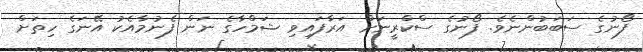
ފޯނުގެ ސަބަބުންނެވެ. ފޯނުގެ ސްކްރީނަށް އަރާފައިވި ޝަމްހާގެ ނަން ފެނުމާއެކު އޭނަގެ ހިތަށް